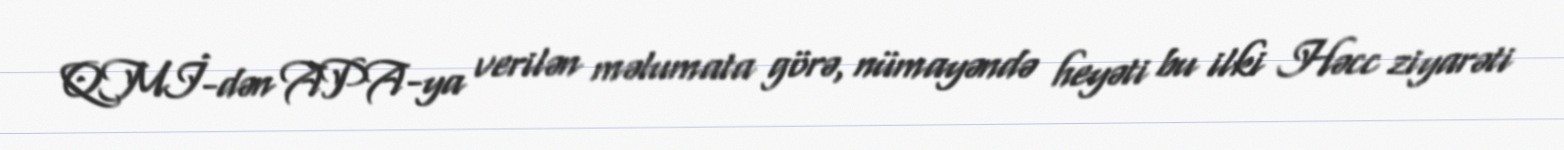
QMİ-dən APA-ya verilən məlumata görə, nümayəndə heyəti bu ilki Həcc ziyarəti